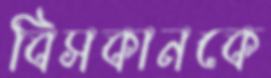
বিসকানকে